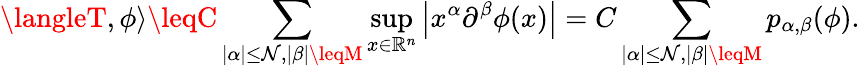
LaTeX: \langleT,\phi\rangle\leqC\sum_{|\alpha|\leq\mathcal{N},|\beta|\leqM}\operatorname*{sup}_{x\in\mathbb{{R}}^{n}}\left|x^{\alpha}\partial^{\beta}\phi(x)\right|=C\sum_{|\alpha|\leq\mathcal{N},|\beta|\leqM}p_{\alpha,\beta}(\phi).